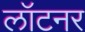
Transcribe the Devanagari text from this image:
लॉटनर